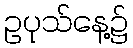
ဥပုသ်နေ့၌